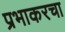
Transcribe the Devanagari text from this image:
प्रभाकरचा